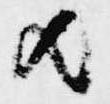
歟